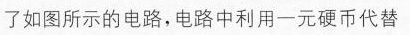
如图所示的电路，电路中利用一元硬币代替